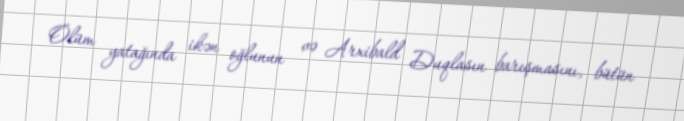
Ölüm yatağında ikən oğlunun və Arxibald Duqlasın barışmasını, bütün